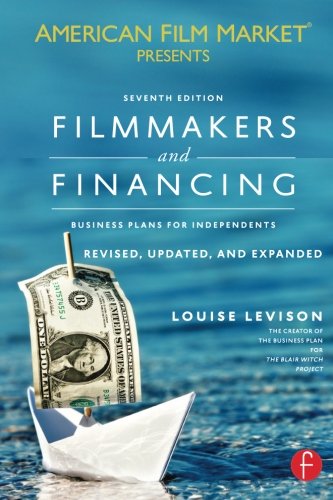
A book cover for Filmmakers and Financing: Business Plans for Independents (American Film Market Presents); Louise Levison; Humor & Entertainment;